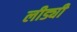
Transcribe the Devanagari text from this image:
लीड्यी